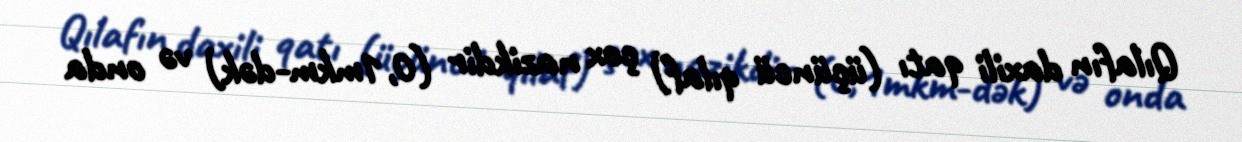
Qılafın daxili qatı (üçüncü qılaf) çox nazikdir (0,1mkm-dək) və onda